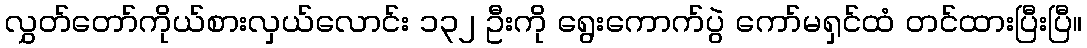
လွှတ်တော်ကိုယ်စားလှယ်လောင်း ၁၃၂ ဦးကို ရွေးကောက်ပွဲ ကော်မရှင်ထံ တင်ထားပြီးပြီ။